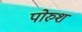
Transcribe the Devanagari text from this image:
पोरुश